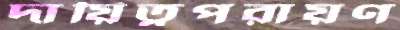
দায়িত্বপরায়ণ